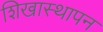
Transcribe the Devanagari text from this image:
शिखास्थापन